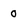
Character: 0